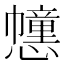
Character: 𢤖